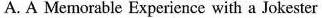
A. A Memorable Experience with a Jokester